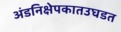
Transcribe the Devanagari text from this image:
अंडनिक्षेपकातउघडत